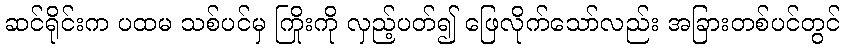
ဆင်ရိုင်းက ပထမ သစ်ပင်မှ ကြိုးကို လှည့်ပတ်၍ ဖြေလိုက်သော်လည်း အခြားတစ်ပင်တွင်